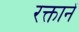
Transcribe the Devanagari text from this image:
रक्तानें